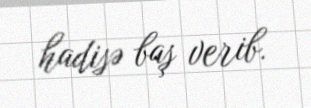
hadisə baş verib.